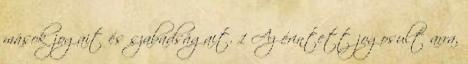
mások jogait és szabadságait. 1 Az érintett jogosult arra,